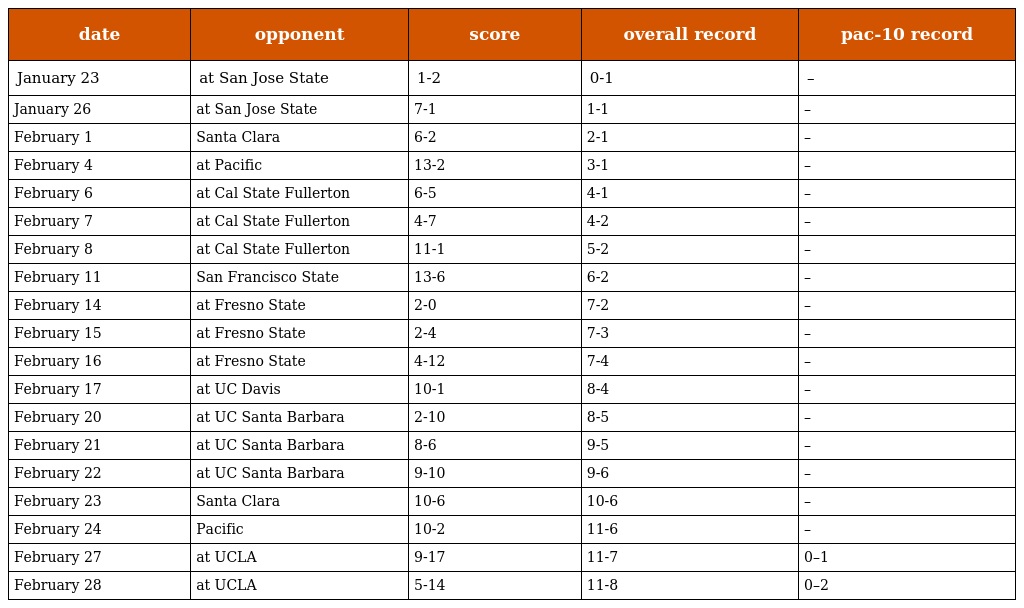
| date | opponent | score | overall record | pac-10 record |
 | --- | --- | --- | --- | --- |
 | January 23 | at San Jose State | 1-2 | 0-1 | – |
 | January 26 | at San Jose State | 7-1 | 1-1 | – |
 | February 1 | Santa Clara | 6-2 | 2-1 | – |
 | February 4 | at Pacific | 13-2 | 3-1 | – |
 | February 6 | at Cal State Fullerton | 6-5 | 4-1 | – |
 | February 7 | at Cal State Fullerton | 4-7 | 4-2 | – |
 | February 8 | at Cal State Fullerton | 11-1 | 5-2 | – |
 | February 11 | San Francisco State | 13-6 | 6-2 | – |
 | February 14 | at Fresno State | 2-0 | 7-2 | – |
 | February 15 | at Fresno State | 2-4 | 7-3 | – |
 | February 16 | at Fresno State | 4-12 | 7-4 | – |
 | February 17 | at UC Davis | 10-1 | 8-4 | – |
 | February 20 | at UC Santa Barbara | 2-10 | 8-5 | – |
 | February 21 | at UC Santa Barbara | 8-6 | 9-5 | – |
 | February 22 | at UC Santa Barbara | 9-10 | 9-6 | – |
 | February 23 | Santa Clara | 10-6 | 10-6 | – |
 | February 24 | Pacific | 10-2 | 11-6 | – |
 | February 27 | at UCLA | 9-17 | 11-7 | 0–1 |
 | February 28 | at UCLA | 5-14 | 11-8 | 0–2 |